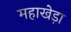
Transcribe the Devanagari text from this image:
महाखेड़ा